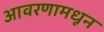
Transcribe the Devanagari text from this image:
आवरणामधून